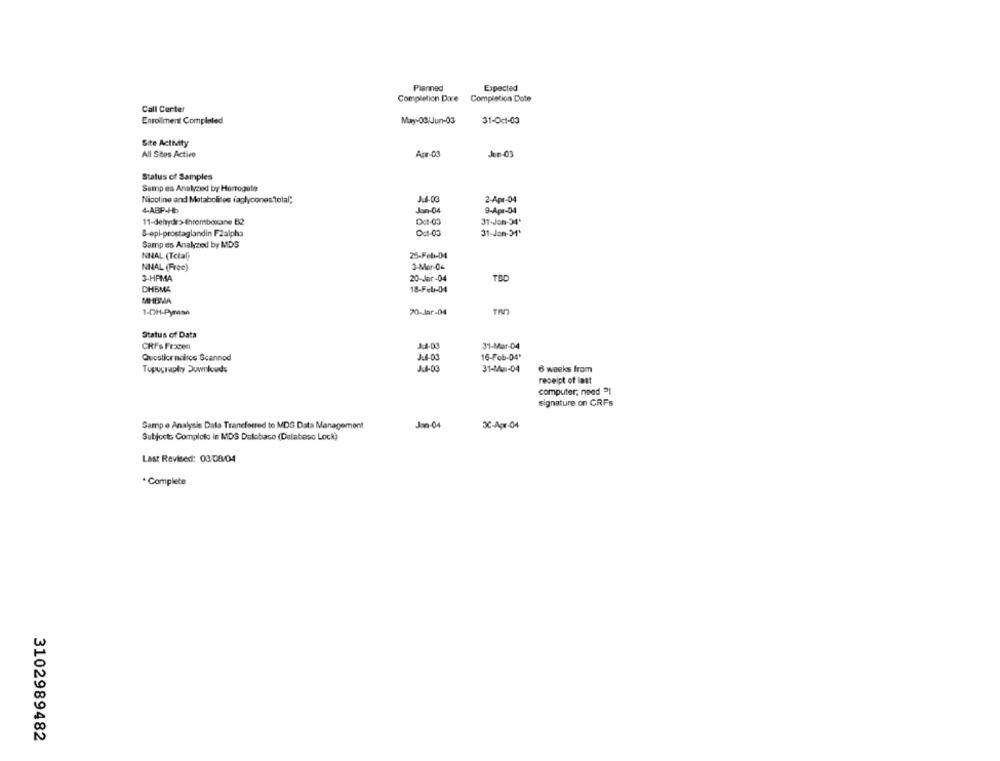
Planned
Expected
Completion Doce Completion Dote
Call Center
Enrollment Completed
Mary-OG/Jun-03
31-Oc1-03
Site Activity
All Sitos Active
Apr-03
Jun-03
Status of Samples
Semp es Analyzed by Harrogate
Nicotine and Metabolites caglycones total;
J.4-03
2-Apr-04
4-ABP-Hb
Jan-04
9-Apr-04
0:1-05
31-Jan-34'
&-epi-prostaglandin F2alpha
Oct-03
31-Jan-31'
Samp es Analyzed by MDS
NNAL (Total
25-Feb-04
NINAL (Free)
3-Mar-04
3-HPMA
20-Jar-04
TBD
DHBMA
18-Feb-04
MHUMA
1-07H-Pymasa
20-Jar-04
Status of Data
CRFs Fracen
J.4-03
31-Mar-04
Questionnaires Scanned
16-Fob-04'
Topugraphy Downlouds
J.4-03
31-Mar-04
6 weeks from
receipt of last
computer; need 3I
signature on CRFs
Samp e Analysis Data Transferred to MDS Data Management
Jan-0
3C-Apr-04
Subject: Completo in MDS Database (Databeso Lock)
Last Revised: 03-08/04
· Complete
3102989482